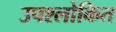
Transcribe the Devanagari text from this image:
उपश्लोकित